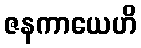
ဇနကာယေဟိ